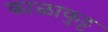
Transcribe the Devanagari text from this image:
काळाकुट्ट